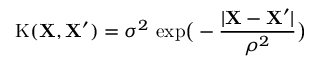
\mathrm { K } ( \mathbf { X } , \mathbf { X } ^ { \prime } ) = \sigma ^ { 2 } \ \mathrm { e x p } \big ( - \frac { | \mathbf { X } - \mathbf { X } ^ { \prime } | } { \rho ^ { 2 } } \big )